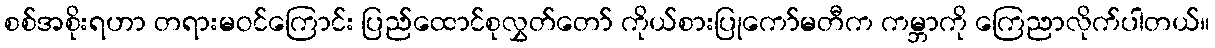
စစ်အစိုးရဟာ တရားမဝင်ကြောင်း ပြည်ထောင်စုလွှတ်တော် ကိုယ်စားပြုကော်မတီက ကမ္ဘာကို ကြေညာလိုက်ပါတယ်။